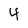
Character: 4